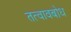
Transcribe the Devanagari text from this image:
तत्वावबोध